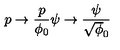
p \to { \frac { p } { \phi _ { 0 } } } \psi \to { \frac { \psi } { \sqrt \phi _ { 0 } } }